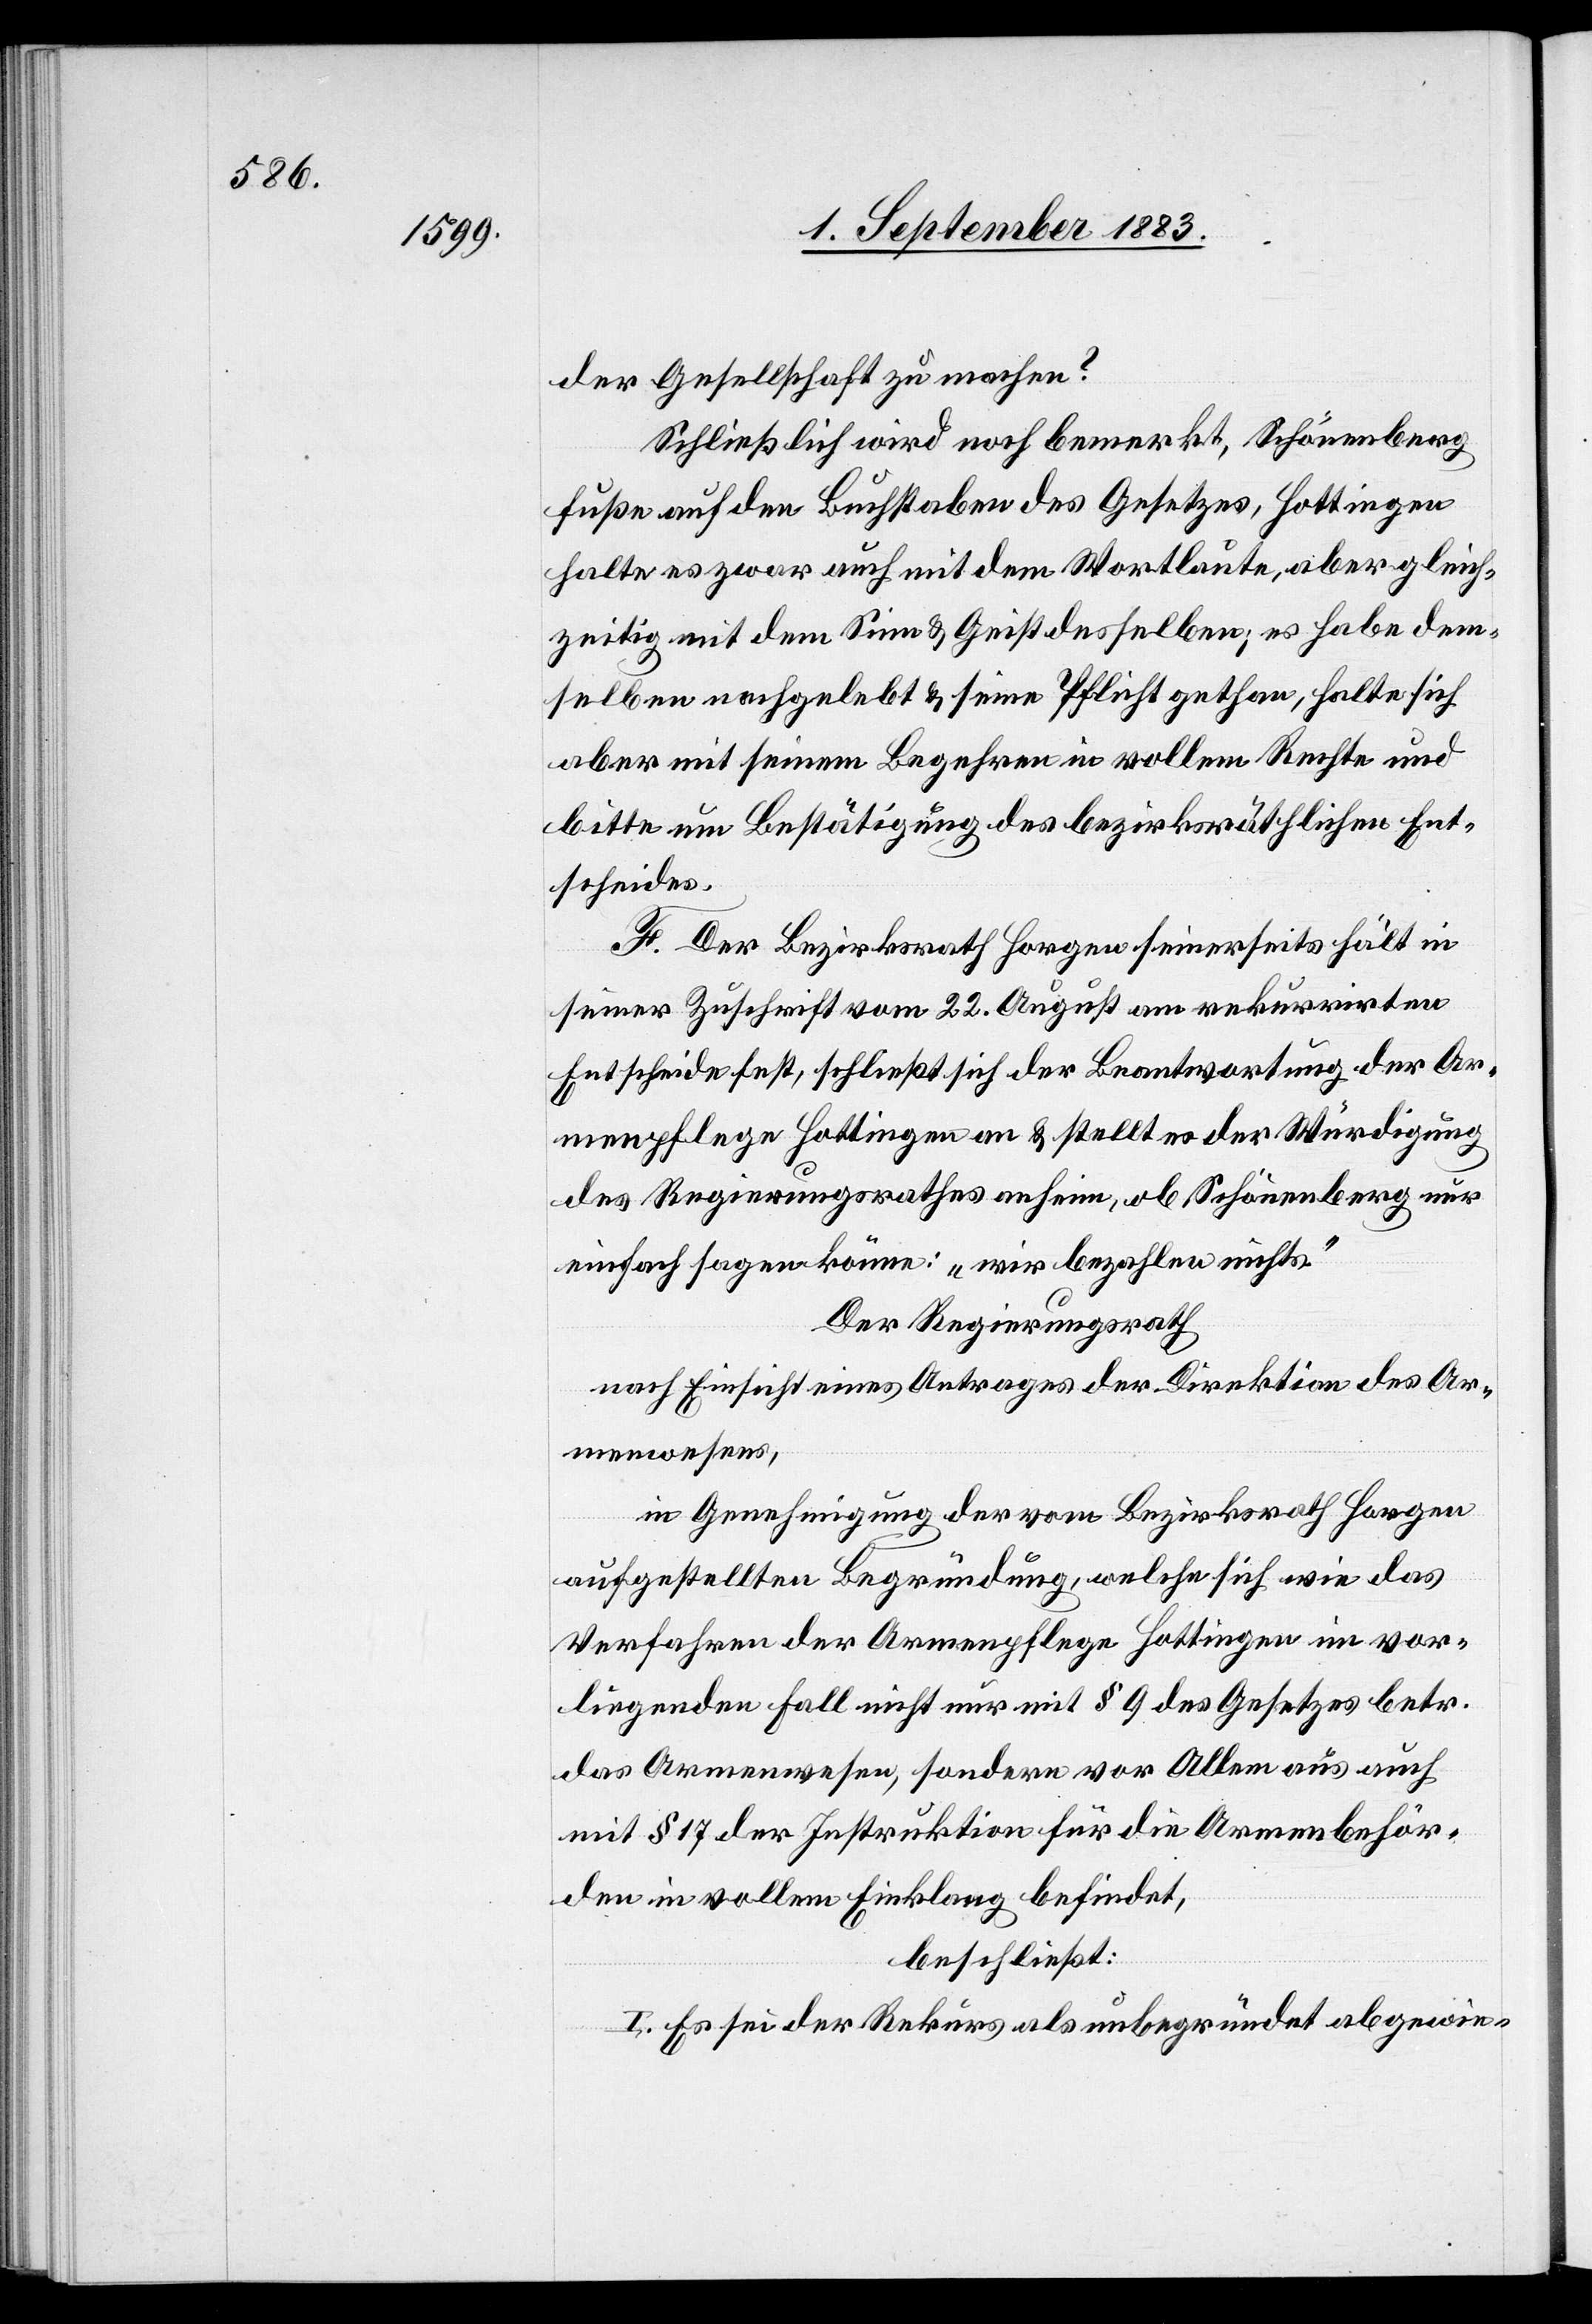
der Gesellschaft zu machen?
Schließlich wird noch bemerkt, Schönenberg
fuße auf den Buchstaben des Gesetzes, Hottingen
halte es zwar auch mit dem Wortlaute, aber gleich¬
zeitig mit dem Sinn & Geist desselben; es habe dem¬
selben nachgelebt & seine Pflicht gethan, halte sich
aber mit seinem Begehren in vollem Rechte und
bitte um Bestätigung des bezirksräthlichen Ent¬
scheides.
F. Der Bezirksrath Horgen seinerseits hält in
seiner Zuschrift vom 22. August am rekurrirten
Entscheide fest, schließt sich der Beantwortung der Ar¬
menpflege Hottingen an & stellt es der Würdigung
des Regierungsrathes anhin, ob Schönenberg nur
einfach sagen könne: „wir bezahlen nichts.“
Der Regierungsrath,
nach Einsicht eines Antrages der Direktion des Ar¬
menwesens,
in Genehmigung der vom Bezirksrath Horgen
aufgestellten Begründung, welche sich wie das
Verfahren der Armenpflege Hottingen im vor¬
liegenden Fall nicht nur mit § 9 des Gesetzes betr.
das Armenwesen, sondern vor Allem aus auch
mit § 17 der Instruktion für die Armenbehör¬
den in vollem Einklang befindet,
beschließt:
I. Es sei der Rekurs als unbegründet abgewie-